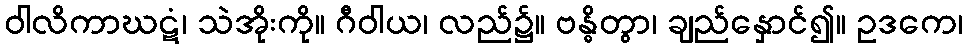
ဝါလိကာဃဋံ၊ သဲအိုးကို။ ဂီဝါယ၊ လည်၌။ ဗန္ဓိတွာ၊ ချည်နှောင်၍။ ဥဒကေ၊